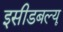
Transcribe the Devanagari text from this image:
इसीडबल्यू